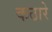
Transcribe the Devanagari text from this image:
कठारे